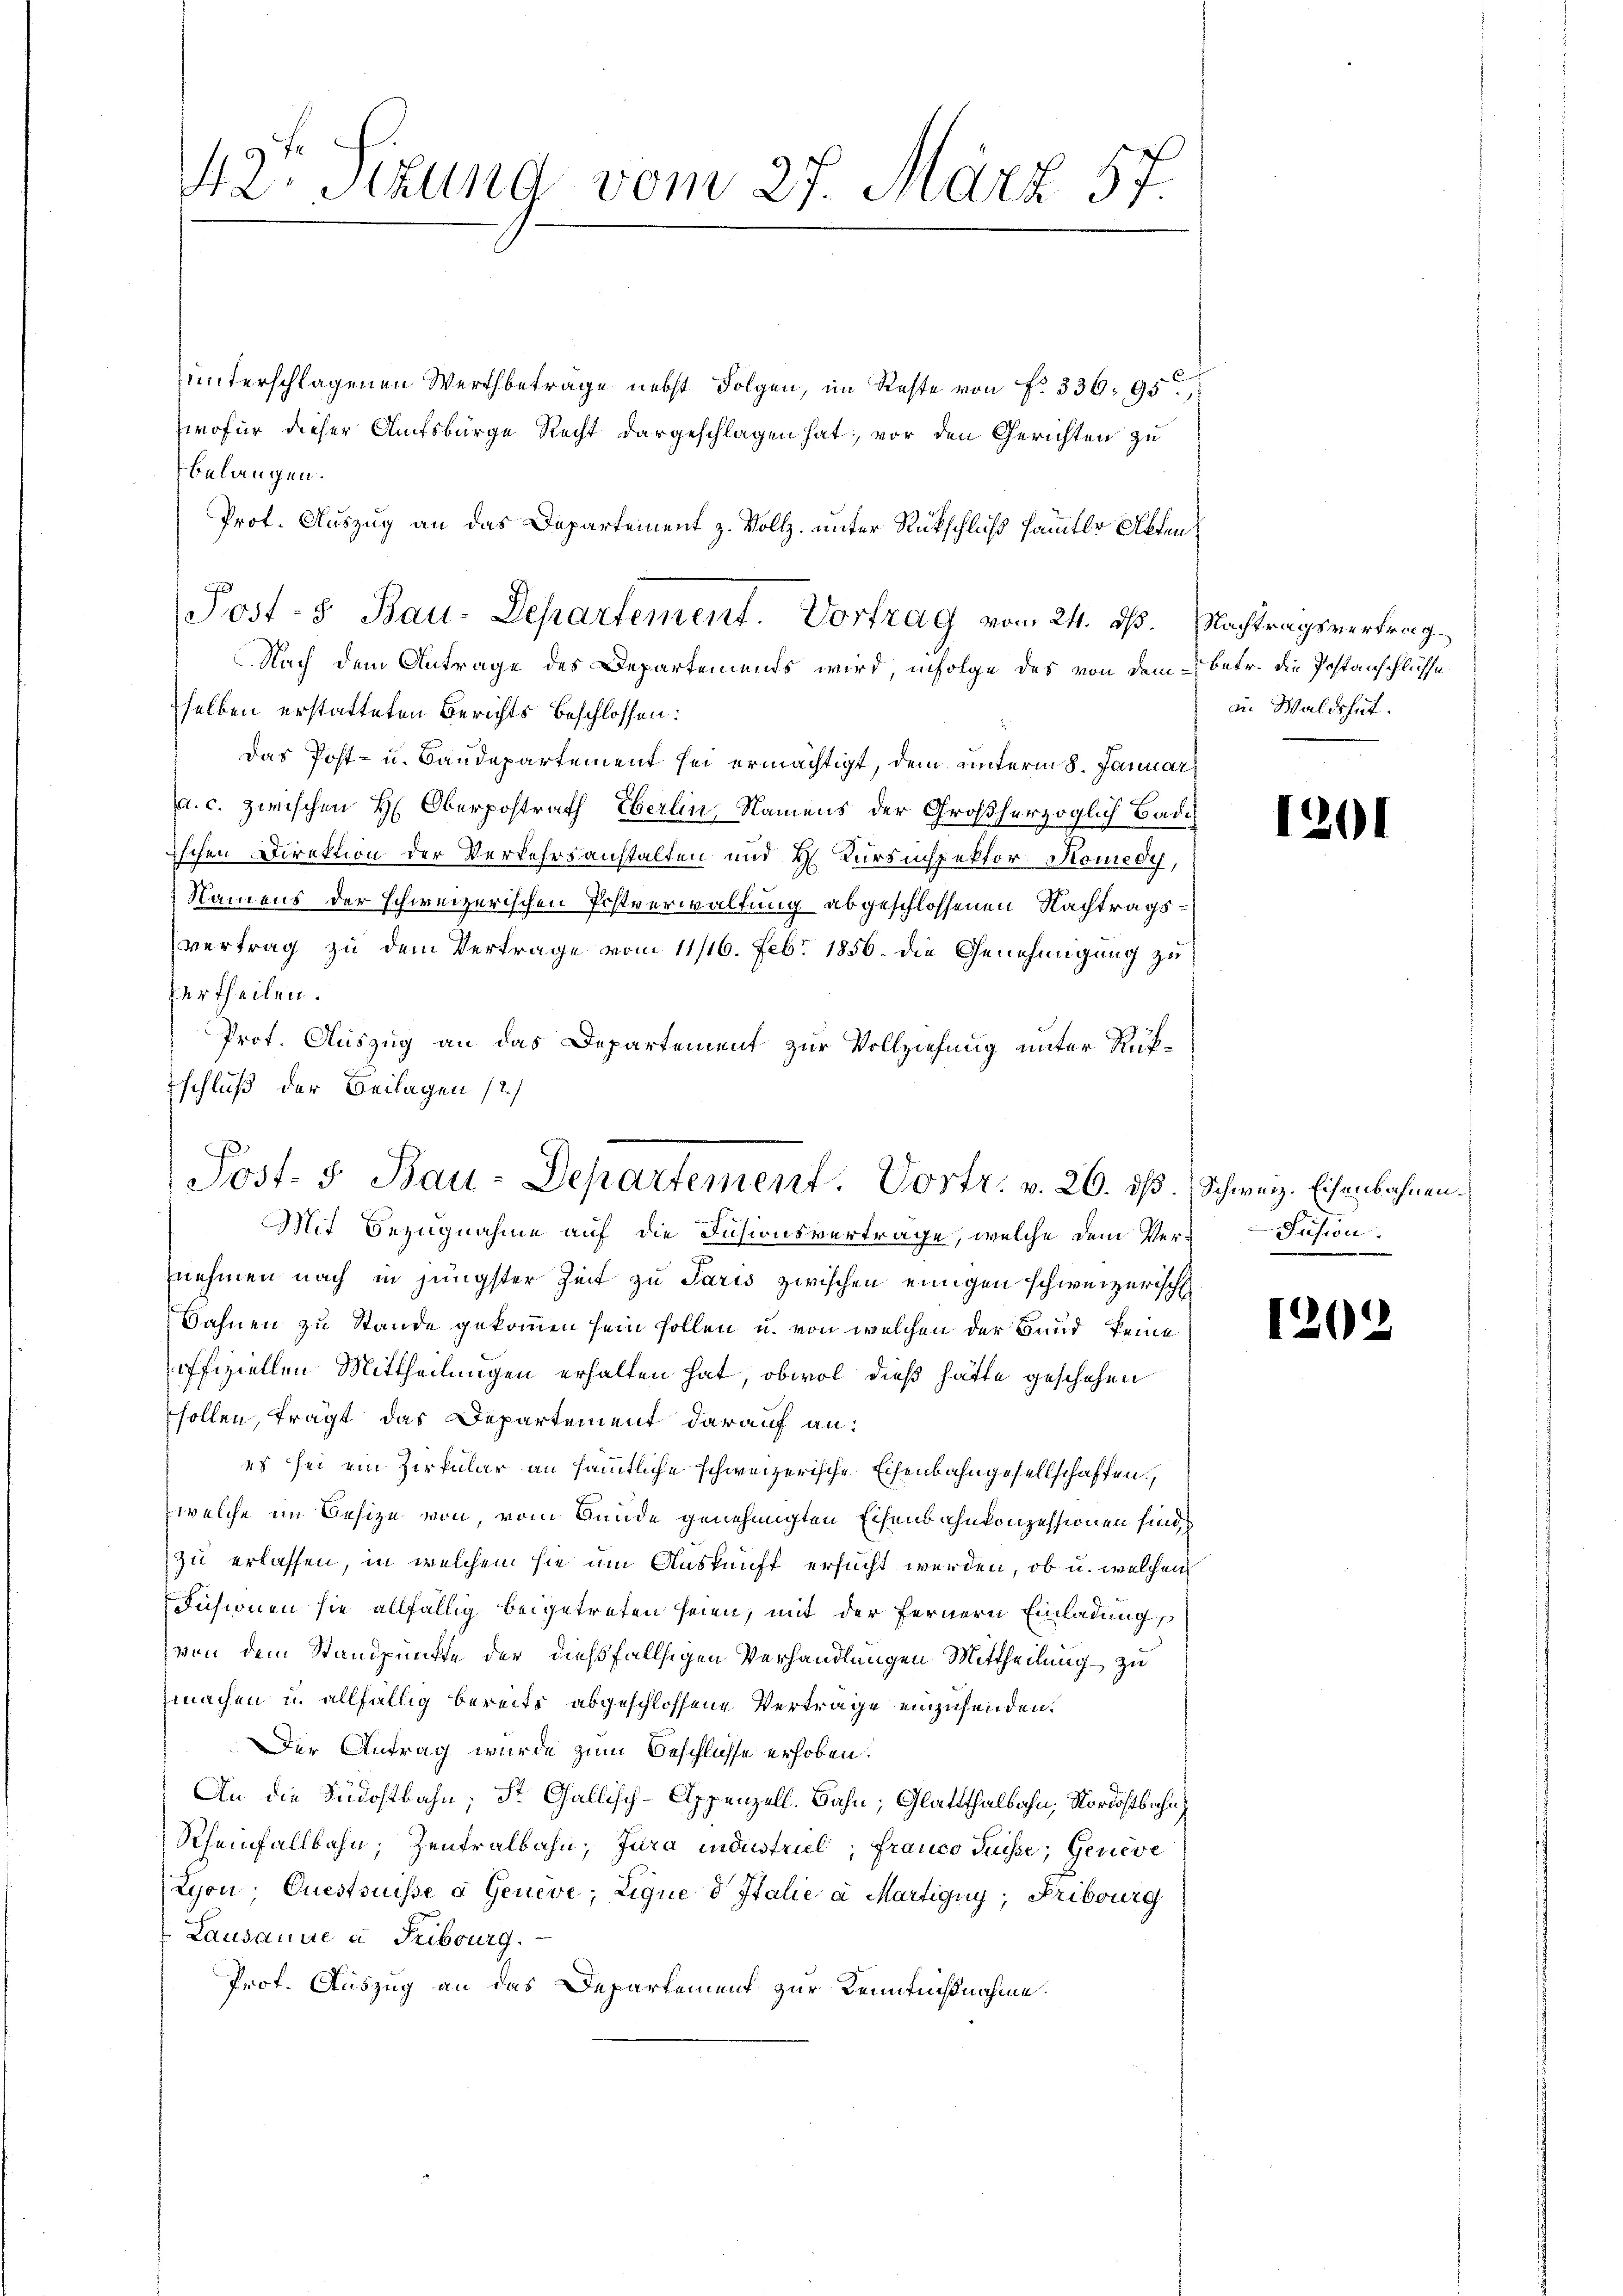
42. Sizung vom 27. März 57.

unterschlagenen Wertbeträge nebst Folgen, im Reste von f. 336. 95,
wofür dieser Aufsbürge Recht dargeschlagen hat, vor den Gerichten zu
belangen.
Das Post- u. Baudepartement sei ermächtigt, dem unterm 8. Januar
a. c. zwischen H. Oberpostrath Eberlin, Namens der Großherzoglich Badi
ischen Direktion der Verkehrsanstalten und H. Kursinspektor Komedy,
Namens der schweizerischen Postverwaltung abgeschlossenen Nachtragsvertrag zu dem Vertrage vom 11/16. Febr. 1856. die Genehmigung zu
zertheilen.
Prot. Auszug an das Departement zur Vollziehung unter Rükschluß der Beilagen (2.)

Prof. Auszug an das Departement z. Vollz, unter Rückschluß sammtlo Akten
Post- & Bau-Departement. Vortrag vom 24. ds. Nachtragsvertrag
Nach dem Antrage des Departements wird, infolge das von dem betr. die Postanschlüsse
selben erstatteten Berichts beschlossen:

Post- & Bau-Departement. Vortr. v. 20. ds. Schweiz. Eisenbahnen.
Mit Bezugnahme auf die Fusionsvertrage, welche dem Ver-Fusion.

an Waldshut.

nehmen nach in jüngster Zeit zu Paris zwischen einigen schweizerisch
Sahnen zu Stande gekommen sein sollen u. von welchen der Bund keine
offiziellen Mittheilungen erhalten hat, obwol dieß hätte geschehen
sollen, tragt, das Departement darauf an:
es sei ein Zirkular an sämmtliche schweizerische Eisenbahngesellschaften,
welche im Besize von, vom Bunde genehmigten Eisenbahnkonzessionen sind,
zu erlassen, in welchem sie um Auskunft ersucht werden, ob u. welchem
Fusionen sie allfällig beigetreten seien, mit der fernern Einladung,
von dem Standpunkte der dießfallsigen Verhandlungen Mittheilung zu
machen u. allfällig bereits abgeschlossene Vertrage einzusenden.
Der Antrag wurde zum Beschlüsse erhoben.
An die Südostbahn; St. Gallisch-Appenzell. Bahn; Glattthalbahn, Nordostbahn
Rheinfallbahn; Zentralbahn, Jura industriel; franco Füsse; Geneve
Lyon, Questsuisse à Genève, Lique d Italie a Martigny, Fribourg
Lausanne à Fribourg.
Prof. Auszug an das Departement zur Kenntnißnahme.

1201

120